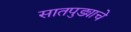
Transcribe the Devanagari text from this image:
सातपुड्याचे